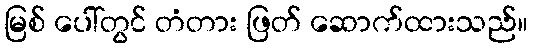
မြစ် ပေါ်တွင် တံတား ဖြတ် ဆောက်ထားသည်။